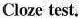
Cloze test.